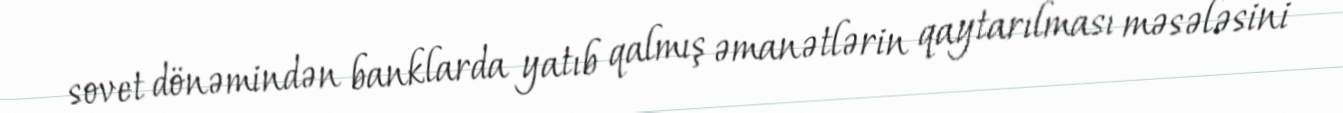
sovet dönəmindən banklarda yatıb qalmış əmanətlərin qaytarılması məsələsini